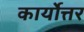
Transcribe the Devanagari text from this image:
कार्योत्तर